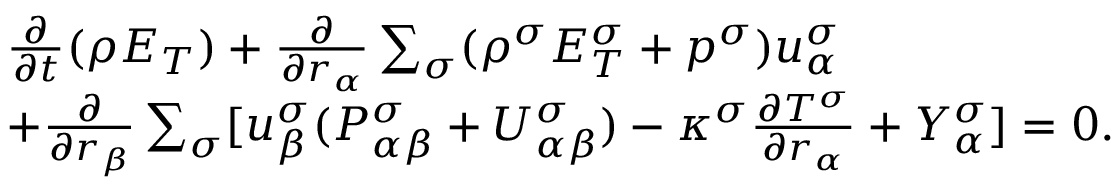
\begin{array} { r } { \begin{array} { r l } & { \frac { \partial } { \partial t } ( \rho E _ { T } ) + \frac { \partial } { \partial r _ { \alpha } } \sum _ { \sigma } ( \rho ^ { \sigma } E _ { T } ^ { \sigma } + p ^ { \sigma } ) u _ { \alpha } ^ { \sigma } } \\ & { + \frac { \partial } { \partial r _ { \beta } } \sum _ { \sigma } [ u _ { \beta } ^ { \sigma } ( P _ { \alpha \beta } ^ { \sigma } + U _ { \alpha \beta } ^ { \sigma } ) - \kappa ^ { \sigma } \frac { \partial T ^ { \sigma } } { \partial r _ { \alpha } } + Y _ { \alpha } ^ { \sigma } ] = 0 . } \end{array} } \end{array}